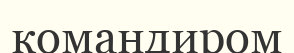
командиром